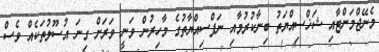
މެނޭޖްމަންޓާއި ޝަޚްސިއްޔަތު ބިނާކުރުމާއި ނަފްސިއްޔާތުގެ މާހިރުން ވަނީ ވަރަށް ގިނަ އުސޫލުތަކެއް ވެސް